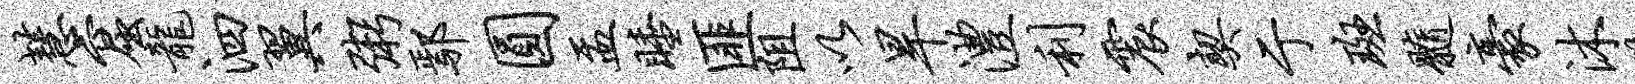
慧窟龙泗翼粥鄢圆盂睡匪阻以旱澧利震契亍斑髓豪沐躇